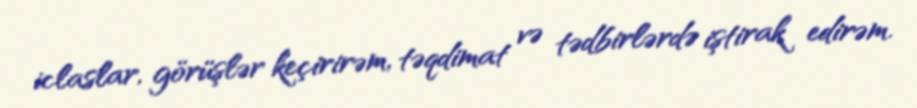
iclaslar, görüşlər keçirirəm, təqdimat və tədbirlərdə iştirak edirəm.